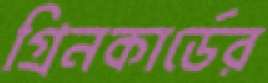
গ্রিনকার্ডের